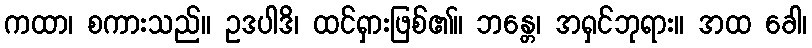
ကထာ၊ စကားသည်။ ဥဒပါဒိ၊ ထင်ရှားဖြစ်၏။ ဘန္တေ၊ အရှင်ဘုရား။ အထ ခေါ၊